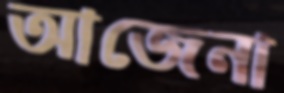
আজেনা